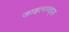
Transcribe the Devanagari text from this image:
जाइलान्ड्स